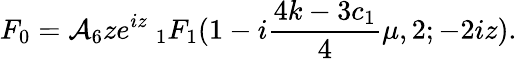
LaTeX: F_{0}={\cal A}_{6}ze^{iz}\ _{1}F_{1}(1-i\frac{4k-3c_{1}}{4}\mu,2;-2iz).